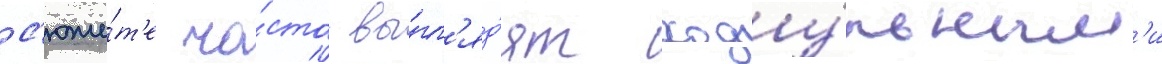
с'юже́т'е ча́сто вы́гл'яд'ят ходу́льным'и